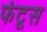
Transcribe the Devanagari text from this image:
फंटूस